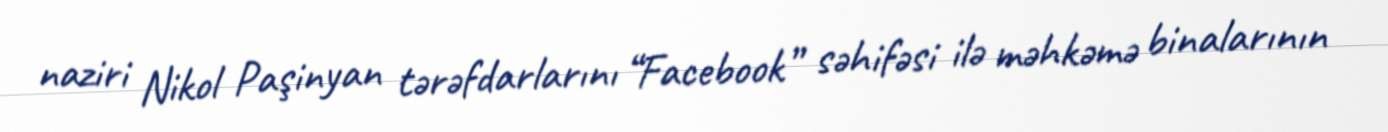
naziri Nikol Paşinyan tərəfdarlarını “Facebook” səhifəsi ilə məhkəmə binalarının